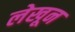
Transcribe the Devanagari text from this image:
लेखून